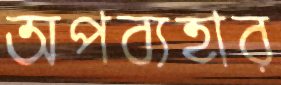
অপব্যহার